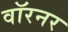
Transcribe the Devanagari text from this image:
वॉरनर